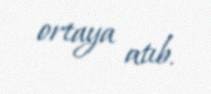
ortaya atıb.